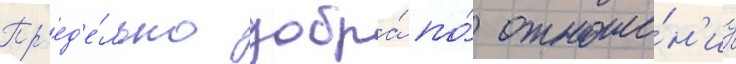
Пр'ед'е́льно добра́ по́ отноше́н'иу